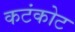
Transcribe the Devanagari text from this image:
कटंकोट